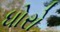
ધોરો